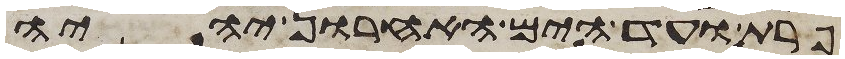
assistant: פרת ועד הים האחרון יהיה